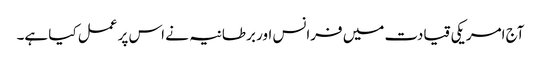
آج امریکی قیادت میں فرانس اور برطانیہ نے اس پر عمل کیا ہے۔